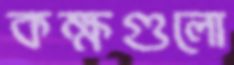
কক্ষগুলো